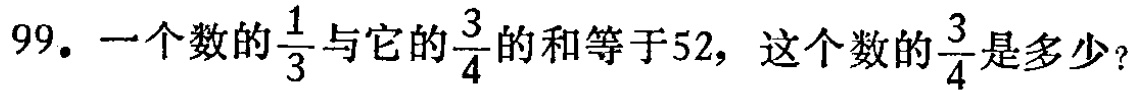
99. 一个数的$\frac{1}{3}$与它的$\frac{3}{4}$的和等于52，这个数的$\frac{3}{4}$是多少？